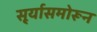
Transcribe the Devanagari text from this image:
सू्र्यासमोरून